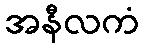
အနီလကံ